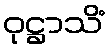
ဝုဋ္ဌာသိံ